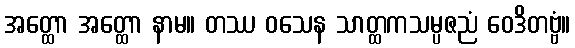
အတ္ထော အတ္ထော နာမ။ တဿ ဝသေန သာတ္ထကသမ္ပဇညံ ဝေဒိတဗ္ဗံ။